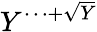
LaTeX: Y^{\cdots+\sqrt{Y}}